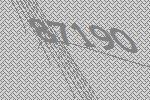
87190